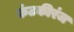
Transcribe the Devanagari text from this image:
कंटकीरंज